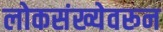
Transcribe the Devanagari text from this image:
लोकसंख्येवरून